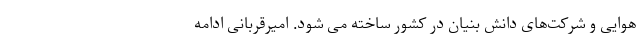
هوایی و شرکت‌های دانش بنیان در کشور ساخته می شود. امیرقربانی ادامه